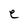
Character: e